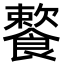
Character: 𩞌